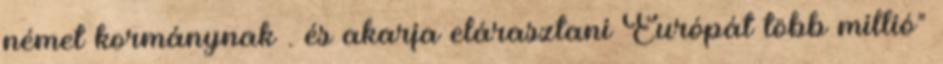
német kormánynak . és akarja elárasztani Európát több millió"